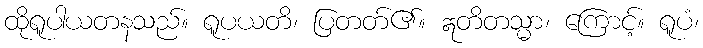
ထိုရူပါယတနသည်။ ရူပယတိ၊ ပြတတ်၏။ ဣတိတသ္မာ၊ ကြောင့်။ ရူပံ၊